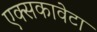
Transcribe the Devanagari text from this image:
एक्सकावेटा